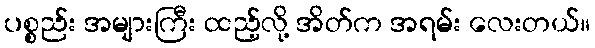
ပစ္စည်း အများကြီး ထည့်လို့ အိတ်က အရမ်း လေးတယ်။